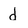
Character: d